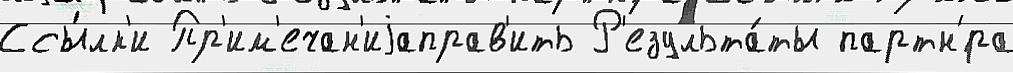
Ссы́лк'и Пр'им'ечан'иjаправ'ить Р'езульта́ты партн'́ра